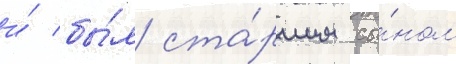
и́ бы́л ста́ршим сы́ном